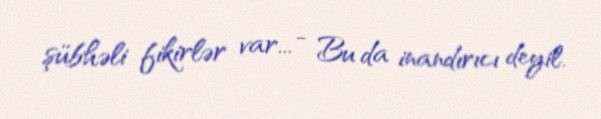
şübhəli fikirlər var... - Bu da inandırıcı deyil.